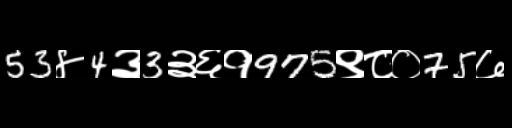
Text: 53४4३3३६१975९८०75७